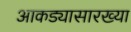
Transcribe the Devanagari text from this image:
आकड्यासारख्या